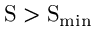
\ensuremath \mathrm { { S } } > \ensuremath \mathrm { { S } } _ { \mathrm { m i n } }